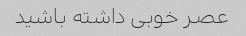
عصر خوبی داشته باشید